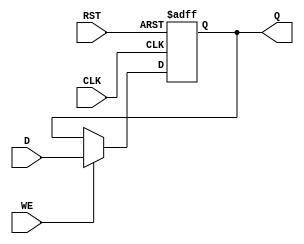
module StoreRegister (
    input wire D,        // Data Input
    input wire CLK,      // Clock
    input wire WE,       // Write Enable
    input wire RST,      // Reset
    output reg Q         // Stored Output
);

// Asynchronous reset and synchronous write operation
always @(posedge CLK or posedge RST) begin
    if (RST) begin
        Q <= 1'b0;      // Reset the stored value to 0
    end else if (WE) begin
        Q <= D;         // Capture the input data on the rising edge of the clock
    end
    // If WE is low, Q retains its previous value
end

endmodule